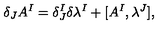
\delta _ { J } A ^ { I } = \delta _ { J } ^ { I } \delta \lambda ^ { I } + [ A ^ { I } , \lambda ^ { J } ] ,